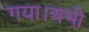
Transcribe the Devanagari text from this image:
गया।अभी